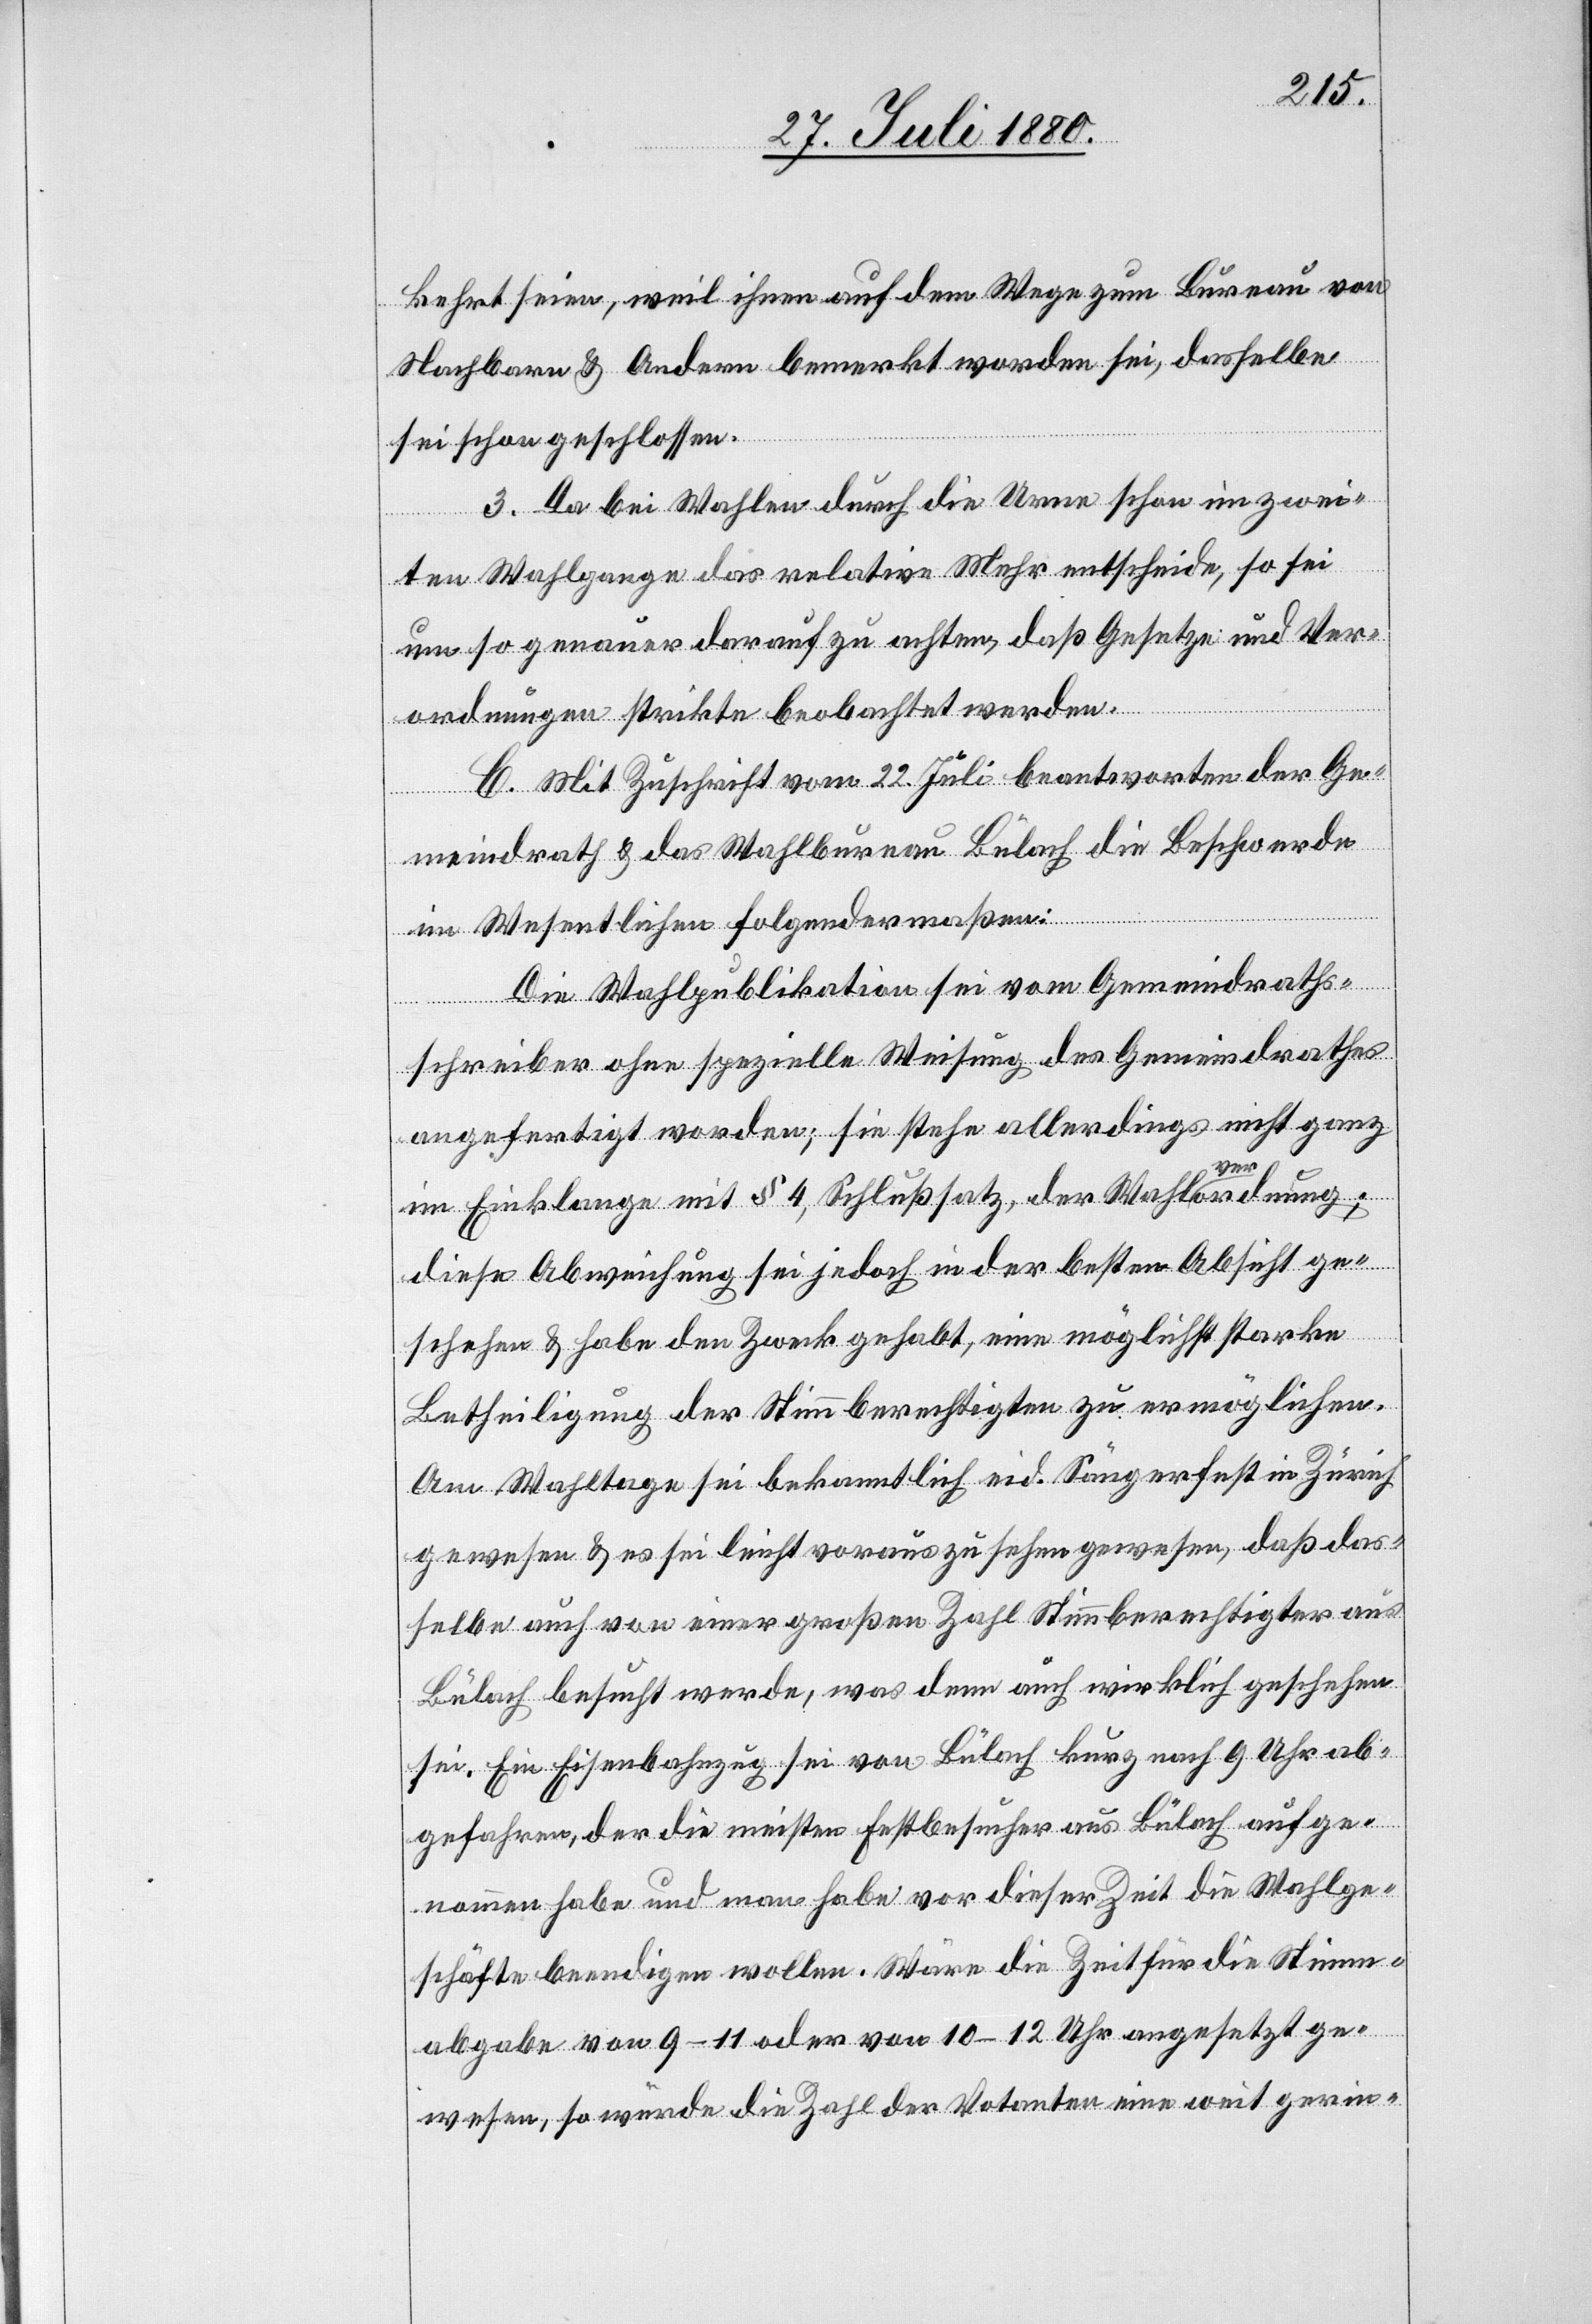
kehrt seien, weil ihnen auf dem Wege zum Bureau von
Nachbarn & Andern bemerkt worden sei, dasselbe
sei schon geschlossen.
3. Da bei Wahlen durch die Urne schon im zwei¬
ten Wahlgange das relative Mehr entscheide, so sei
um so genauer darauf zu achten, daß Gesetze und Ver¬
ordnungen strikte beobachtet werden.
C. Mit Zuschrift vom 22. Juli beantworten der Ge¬
meindrath & das Wahlbureau Bülach die Beschwerde
im Wesentlichen folgendermaßen:
Die Wahlpublikation sei vom Gemeindraths¬
schreiber ohne spezielle Weisung des Gemeindrathes
angefertigt worden; sie stehe allerdings nicht ganz
im Einklange mit § 4, Schlußsatz, der Wahlverordnung;
diese Abweichung sei jedoch in der besten Absicht ge¬
schehen & habe den Zweck gehabt, eine möglichst starke
Betheiligung der Stimmberechtigten zu ermöglichen.
Am Wahltage sei bekanntlich eid. Sängerfest in Zürich
gewesen & es sei leicht vorauszusehen gewesen, daß das¬
selbe auch von einer großen Zahl Stimmberechtigter aus
Bülach besucht werde, was denn auch wirklich geschehen
sei. Ein Eisenbahnzug sei von Bülach kurz nach 9 Uhr ab¬
gefahren, der die meisten Festbesucher aus Bülach aufge¬
nommen habe und man habe vor dieser Zeit die Wahlge¬
schäfte beendigen wollen. Wäre die Zeit für die Stimm¬
abgabe von 9–11 oder von 10–12 Uhr angesetzt ge¬
wesen, so würde die Zahl der Votanten eine weit gerin-